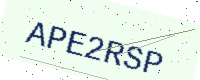
Text: APE2RSP